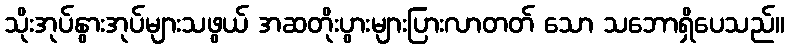
သိုးအုပ်နွားအုပ်များသဖွယ် အဆတိုးပွားများပြားလာတတ် သော သဘောရှိပေသည်။